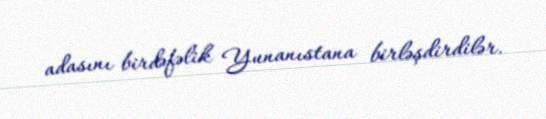
adasını birdəfəlik Yunanıstana birləşdirdilər.